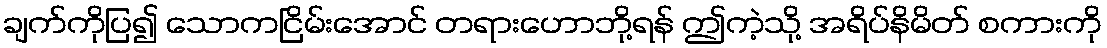
ချက်ကိုပြ၍ သောကငြိမ်းအောင် တရားဟောဘို့ရန် ဤကဲ့သို့ အရိပ်နိမိတ် စကားကို